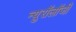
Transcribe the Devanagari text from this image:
न्युरॉलॉजी